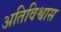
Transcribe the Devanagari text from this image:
अतिविश्वास